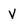
Character: V